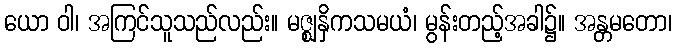
ယော ဝါ၊ အကြင်သူသည်လည်း။ မဇ္ဈနှိကသမယံ၊ မွန်းတည့်အခါ၌။ အန္တမတော၊